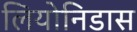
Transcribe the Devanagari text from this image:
लियोनिडास